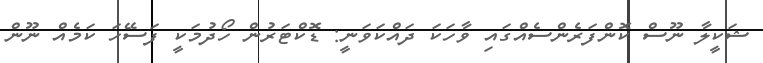
ޝަކީލާ ނޫސް ކޮންފަރެންސެއްގައި ވާހަކަ ދައްކަވަނީ: ޑޮކްޓަރުން ހޯދުމަކީ ފަސޭހަ ކަމެއް ނޫން